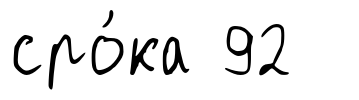
сро́ка 92